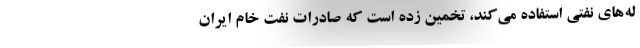
له‌های نفتی استفاده می‌كند، تخمین زده است كه صادرات نفت خام ایران